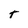
Character: t